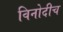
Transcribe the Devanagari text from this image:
विनोदीच